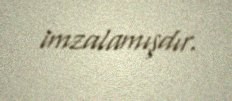
imzalamışdır.